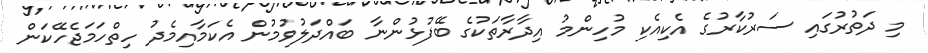
މި ދަތުރުގައި ސަރުކާރުގެ އެކިއެކި މުހިންމު އިދާރާތަކުގެ ބޭފުޅުންނާ ބައްދަލުވުމުން އެކަމާއިމެދު ހިތްހަމަޖެހޭކަން